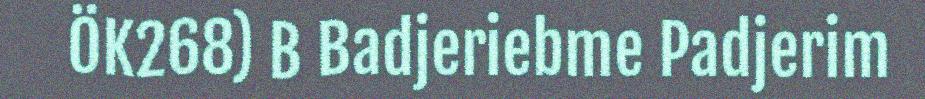
ÖK268) B Badjeriebme Padjerim